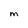
Character: M